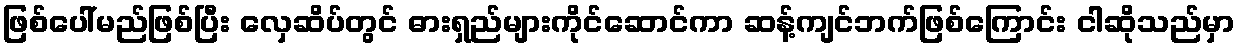
ဖြစ်ပေါ်မည်ဖြစ်ပြီး လှေဆိပ်တွင် ဓားရှည်များကိုင်ဆောင်ကာ ဆန့်ကျင်ဘက်ဖြစ်ကြောင်း ငါဆိုသည်မှာ